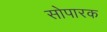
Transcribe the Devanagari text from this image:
सोपारक